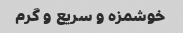
خوشمزه و سریع و گرم